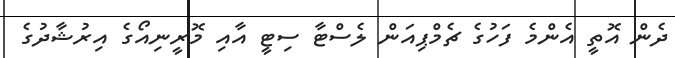
ދެން އޮތީ އެންމެ ފަހުގެ ޗެމްޕިއަން ލެސްޓާ ސިޓީ އާއި މޮރީނިއޯގެ އިރުޝާދުގެ